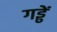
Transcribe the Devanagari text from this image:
गड्ढें